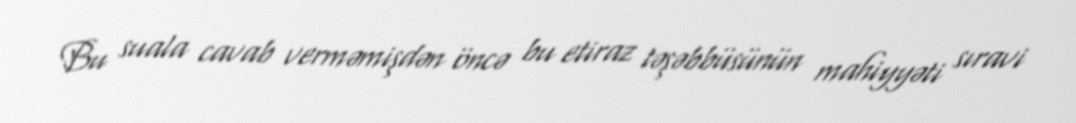
Bu suala cavab verməmişdən öncə bu etiraz təşəbbüsünün mahiyyəti sıravi